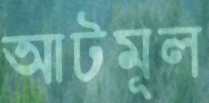
আটমূল